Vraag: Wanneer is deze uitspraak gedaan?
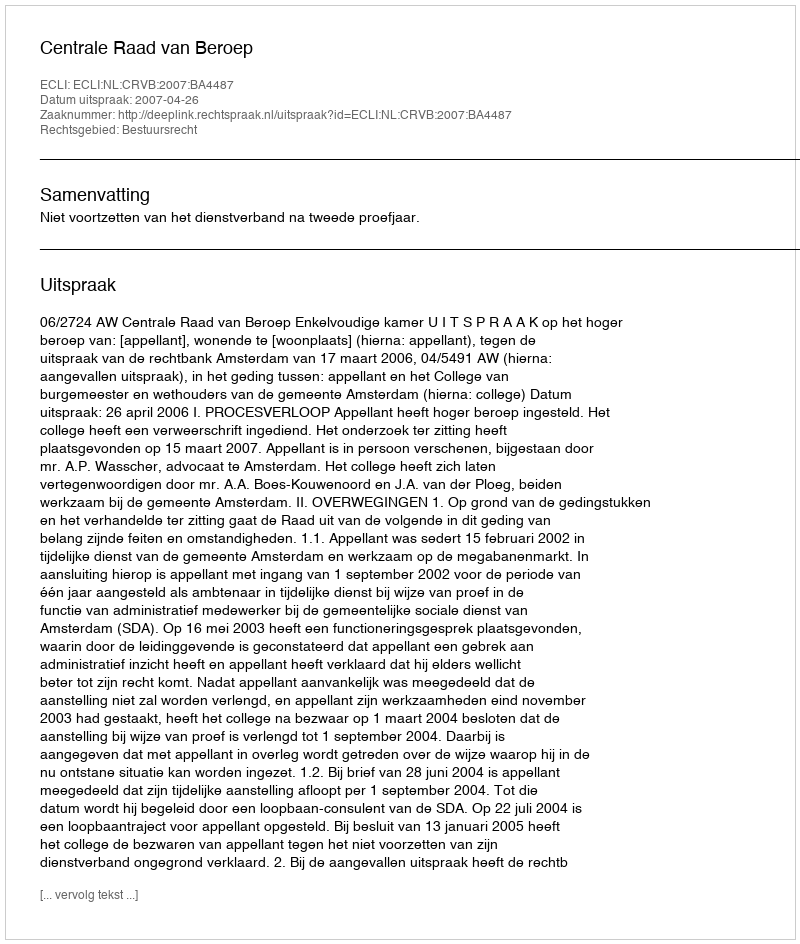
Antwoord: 2007-04-26